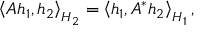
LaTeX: \left\langle A h _ { 1 } , h _ { 2 } \right\rangle _ { H _ { 2 } } = \left\langle h _ { 1 } , A ^ { * } h _ { 2 } \right\rangle _ { H _ { 1 } } ,